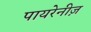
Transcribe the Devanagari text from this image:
पायरेनीज़